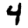
Digit: 4